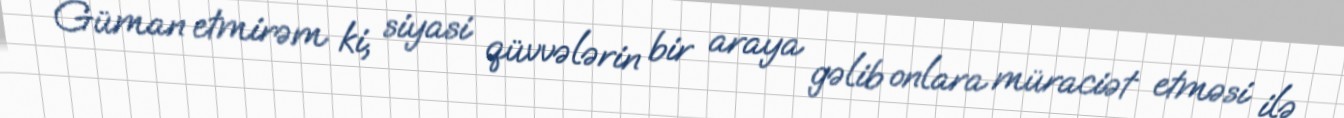
Güman etmirəm ki, siyasi qüvvələrin bir araya gəlib onlara müraciət etməsi ilə